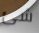
شئ